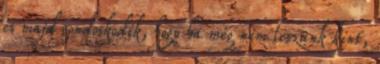
és majd gondoskodik, hogy ha még nem leszünk kint,